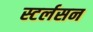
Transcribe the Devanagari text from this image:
स्टर्लसन